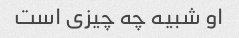
او شبیه چه چیزی است